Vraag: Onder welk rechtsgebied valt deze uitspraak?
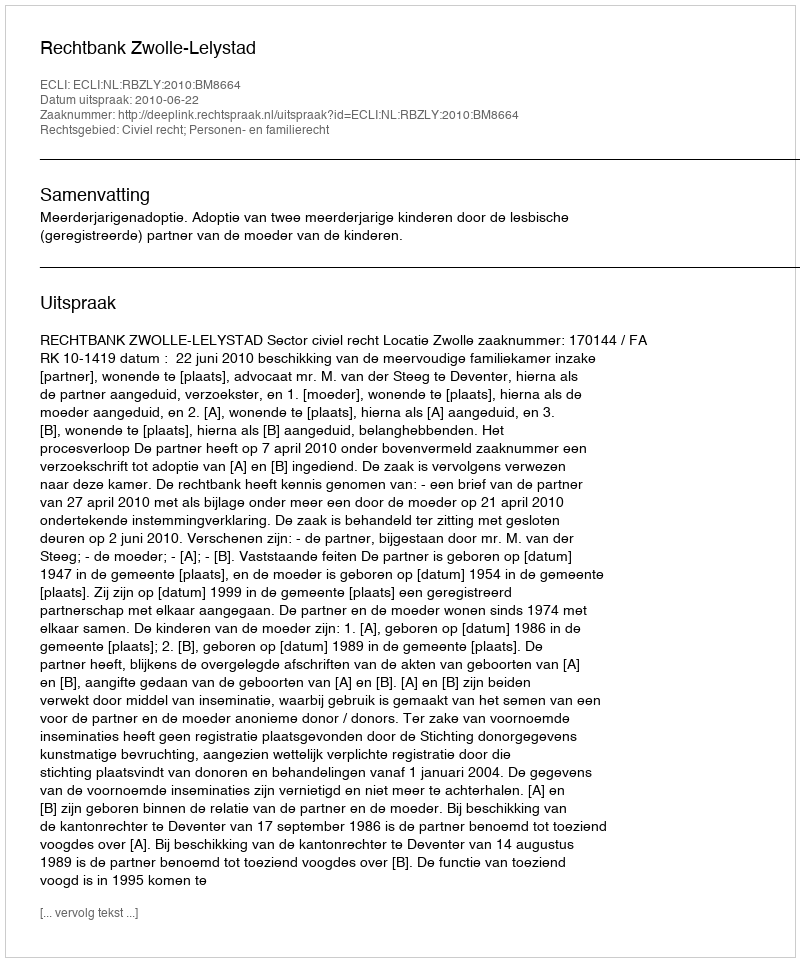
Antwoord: Civiel recht; Personen- en familierecht